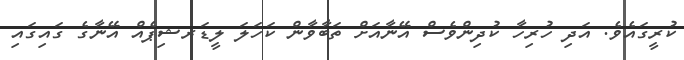
ކުރީގައެވެ. އަދި ހުރިހާ ކުދިންވެސް އޭނާއަށް ތަބާވާން ކަހަލަ ލީޑަރޝިޕެއް އޭނާގެ ގައިގައި